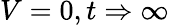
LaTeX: V=0,t\Rightarrow\infty